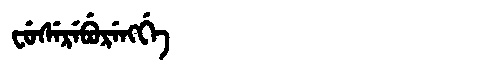
Manchu: ᠸᡠᠰᡝᡵᡝᠪᡠᡵᡝᠩᡤᡝ
Romanization: FUSEREBURENGGE